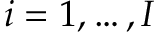
i = 1 , \dots , I